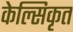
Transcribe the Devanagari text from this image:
केल्सिकृत